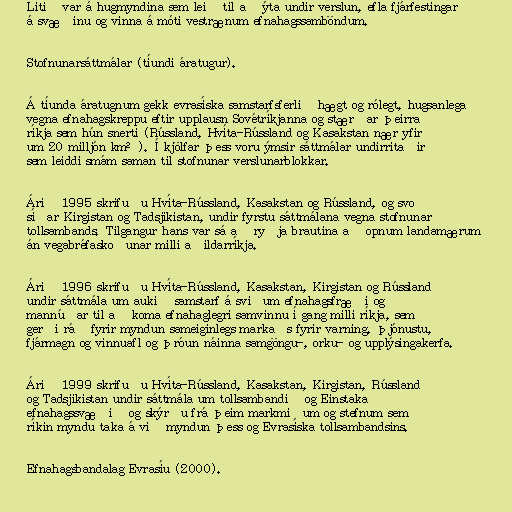
Litið var á hugmyndina sem leið til að ýta undir verslun, efla fjárfestingar
á svæðinu og vinna á móti vestrænum efnahagssamböndum.

Stofnunarsáttmálar (tíundi áratugur).

Á tíunda áratugnum gekk evrasíska samstarfsferlið hægt og rólegt, hugsanlega
vegna efnahagskreppu eftir upplausn Sovétríkjanna og stærðar þeirra
ríkja sem hún snerti (Rússland, Hvíta-Rússland og Kasakstan nær yfir
um 20 milljón km²). Í kjölfar þess voru ýmsir sáttmálar undirritaðir
sem leiddi smám saman til stofnunar verslunarblokkar.

Árið 1995 skrifuðu Hvíta-Rússland, Kasakstan og Rússland, og svo
síðar Kirgistan og Tadsjikistan, undir fyrstu sáttmálana vegna stofnunar
tollsambands. Tilgangur hans var sá að ryðja brautina að opnum landamærum
án vegabréfaskoðunar milli aðildarríkja.

Árið 1996 skrifuðu Hvíta-Rússland, Kasakstan, Kirgistan og Rússland
undir sáttmála um aukið samstarf á sviðum efnahagsfræði og
mannúðar til að koma efnahaglegri samvinnu í gang milli ríkja, sem
gerði ráð fyrir myndun sameiginlegs markaðs fyrir varning, þjónustu,
fjármagn og vinnuafl og þróun náinna samgöngu-, orku- og upplýsingakerfa.

Árið 1999 skrifuðu Hvíta-Rússland, Kasakstan, Kirgistan, Rússland
og Tadsjikistan undir sáttmála um tollsambandið og Einstaka
efnahagssvæðið og skýrðu frá þeim markmiðum og stefnum sem
ríkin myndu taka á við myndun þess og Evrasíska tollsambandsins.

Efnahagsbandalag Evrasíu (2000).